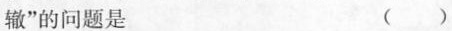
辙”的问题是 ()